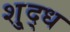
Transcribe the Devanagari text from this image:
शु्द्ध